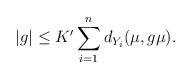
LaTeX: \begin{align*} |g| \leq K' \sum_{i=1}^n d_{Y_i}(\mu,g\mu).\end{align*}